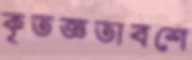
কৃতজ্ঞতাবশে